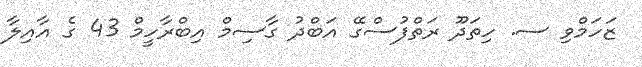
ޒަހަމްވި ސ. ހިތަދޫ ރަތްފުސްގޭ އަބްދު ގާސިމް އިބްރާހީމް 43 ގެ އާއިލާ